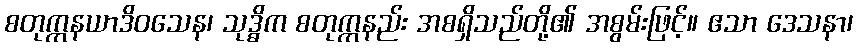
စတုက္ကနယာဒိဝသေန၊ သုဒ္ဓိက စတုက္ကနည်း အစရှိသည်တို့၏ အစွမ်းဖြင့်။ ဧသာ ဒေသနာ၊